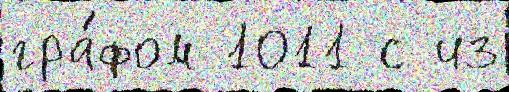
гра́фом 1011 с из